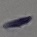
Text: -